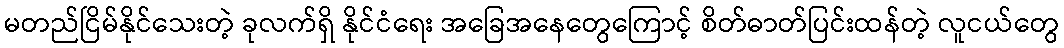
မတည်ငြိမ်နိုင်သေးတဲ့ ခုလက်ရှိ နိုင်ငံရေး အခြေအနေတွေကြောင့် စိတ်ဓာတ်ပြင်းထန်တဲ့ လူငယ်တွေ